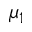
\mu _ { 1 }